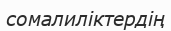
сомалиліктердің